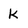
Character: k